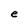
Character: e